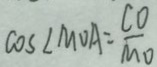
\cos \angle M O A = \frac { C O } { M O }